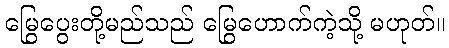
မြွေပွေးတို့မည်သည် မြွေဟောက်ကဲ့သို့ မဟုတ်။